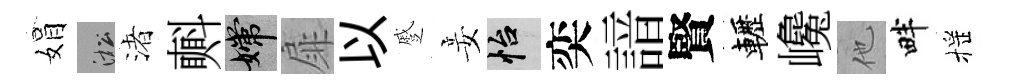
娟淞渚㪺嫦扉以蹙妾怡奕諳賢轣巉他畔摇